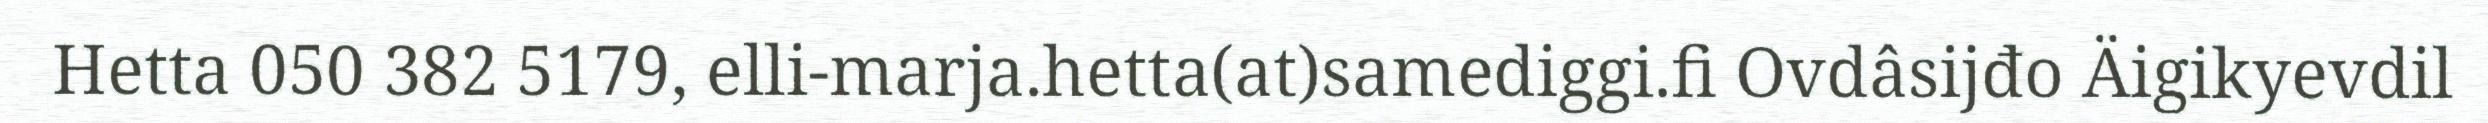
Hetta 050 382 5179, elli-marja.hetta(at)samediggi.fi Ovdâsijđo Äigikyevdil